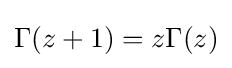
\Gamma (z+1)=z\Gamma (z)